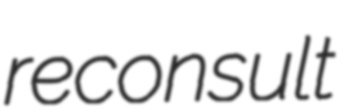
reconsult